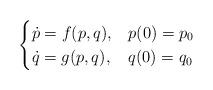
LaTeX: \begin{align*} \begin{cases} \dot{p} = f(p,q), & p(0)=p_0\\ \dot{q} = g(p,q), & q(0)=q_0 \end{cases} \end{align*}